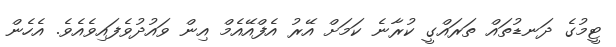
ޓީމުގެ ދަނޑުތައް ތަރައްގީ ކުރާނެ ކަމަށް އޭރު އެފްއޭއެމް އިން ވައުދުވެފައިވެއެވެ. އެހެން